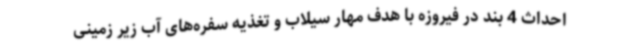
احداث 4 بند در فیروزه با هدف مهار سیلاب و تغذیه سفره‌های آب زیر زمینی